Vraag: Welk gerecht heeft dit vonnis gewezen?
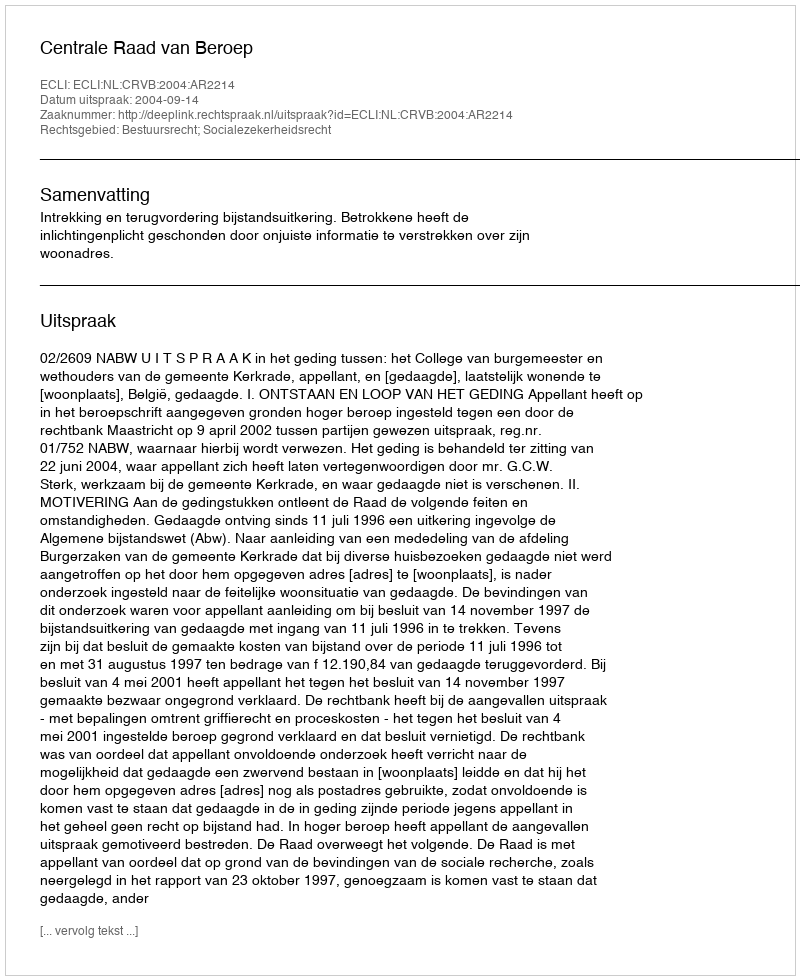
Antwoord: Centrale Raad van Beroep